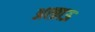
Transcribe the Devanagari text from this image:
अत्य्राऊ